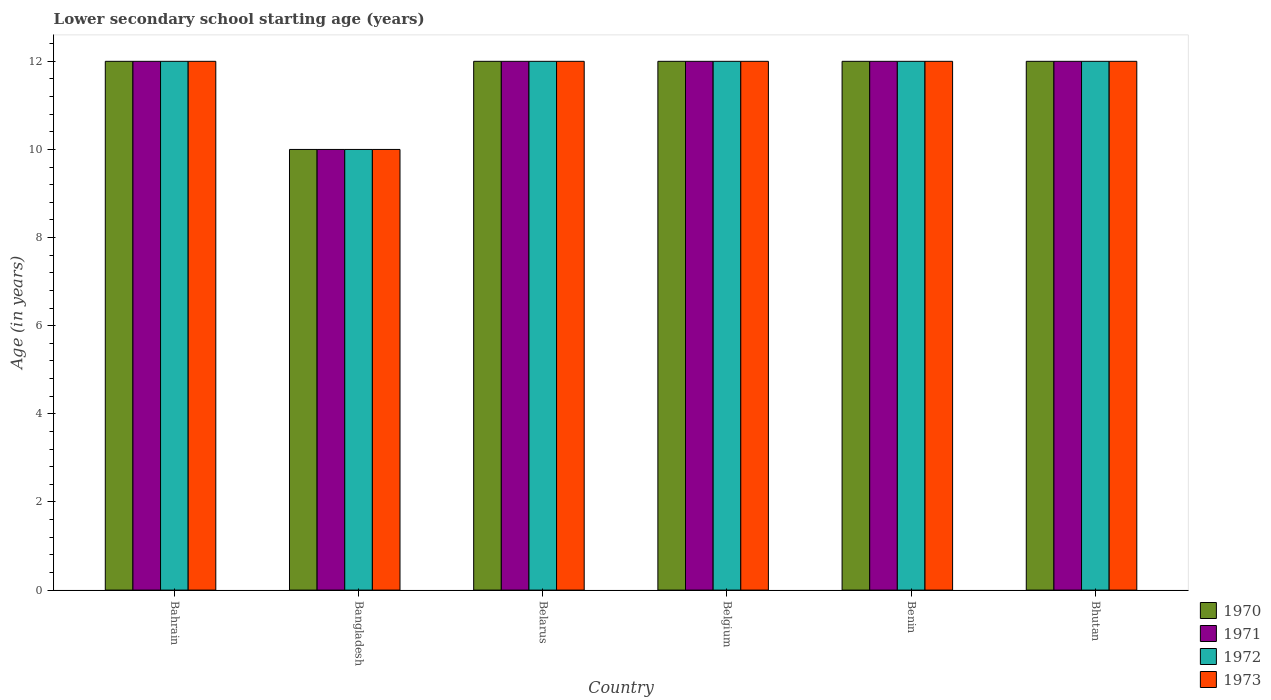
| Country | 1970 | 1971 | 1972 | 1973 |
 | --- | --- | --- | --- | --- |
 | Bahrain | 12 | 12 | 12 | 12 |
 | Bangladesh | 10 | 10 | 10 | 10 |
 | Belarus | 12 | 12 | 12 | 12 |
 | Belgium | 12 | 12 | 12 | 12 |
 | Benin | 12 | 12 | 12 | 12 |
 | Bhutan | 12 | 12 | 12 | 12 |